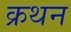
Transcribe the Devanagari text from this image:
क्रथन